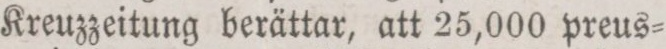
Kreuzzeitung berättar, att 25,000 preus=